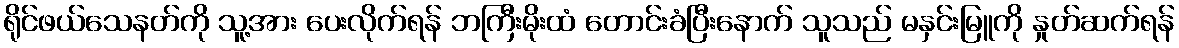
ရိုင်ဖယ်သေနတ်ကို သူ့အား ပေးလိုက်ရန် ဘကြီးမိုးထံ တောင်းခံပြီးနောက် သူသည် မနှင်းမြူကို နှုတ်ဆက်ရန်